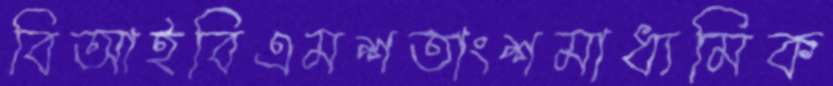
বিআইবিএমশতাংশমাধ্যমিক